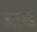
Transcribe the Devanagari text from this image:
ओम्ड